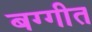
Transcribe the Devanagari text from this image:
बग्गीत